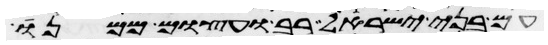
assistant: עם בני ישראל רב ועצום ממנו